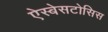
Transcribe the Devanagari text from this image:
ऐस्बेसटोसिस